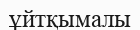
ұйтқымалы